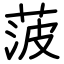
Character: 菠